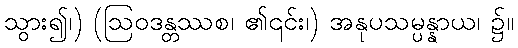
သွား၍၊) (ဩဝဒန္တဿစ၊ ၏၎င်း၊) အနုပသမ္ပန္နာယ၊ ၌။